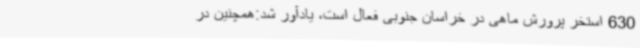
630 استخر پرورش ماهی در خراسان جنوبی فعال است، یادآور شد:همچنین در